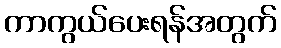
ကာကွယ်ပေးရန်အတွက်